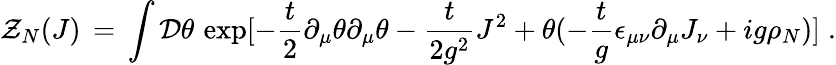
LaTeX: {\cal Z}_{N}(J)\, =\, \int{\cal D}\theta\, \exp[-\frac{t}{2}\partial_{\mu}\theta\partial_{\mu}\theta-\frac{t}{2g^{2}}J^{2}+\theta(-\frac{t}{g}\epsilon_{\mu\nu}\partial_{\mu}J_{\nu}+ig\rho_{N})]\; .